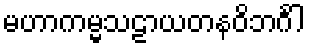
မဟာကမ္မသဠာယတနဝိဘင်္ဂါ